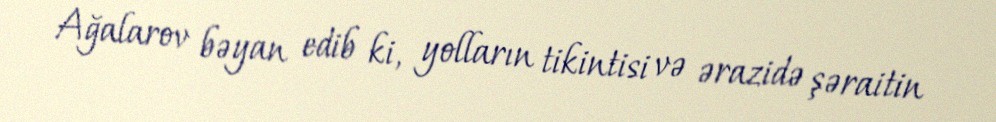
Ağalarov bəyan edib ki, yolların tikintisi və ərazidə şəraitin